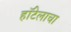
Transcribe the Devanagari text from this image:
हॉटेलाचा